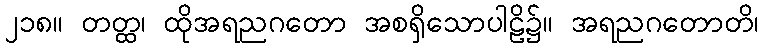
၂၁၈။ တတ္ထ၊ ထိုအရညဂတော အစရှိသောပါဠိ၌။ အရညဂတောတိ၊